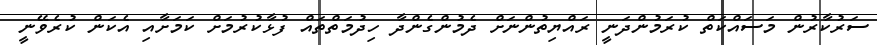
ސަރުކާރުން މަސައްކަތް ކުރަމުންދަނީ ރައްޔިތުންނަށް ދެމުންގެންދާ ހިދުމަތްތައް ފުޅާކުރުމަށް ކަމަށާއި އެކަން ކުރެވޭނީ